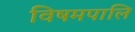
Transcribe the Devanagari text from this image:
विषमपालि